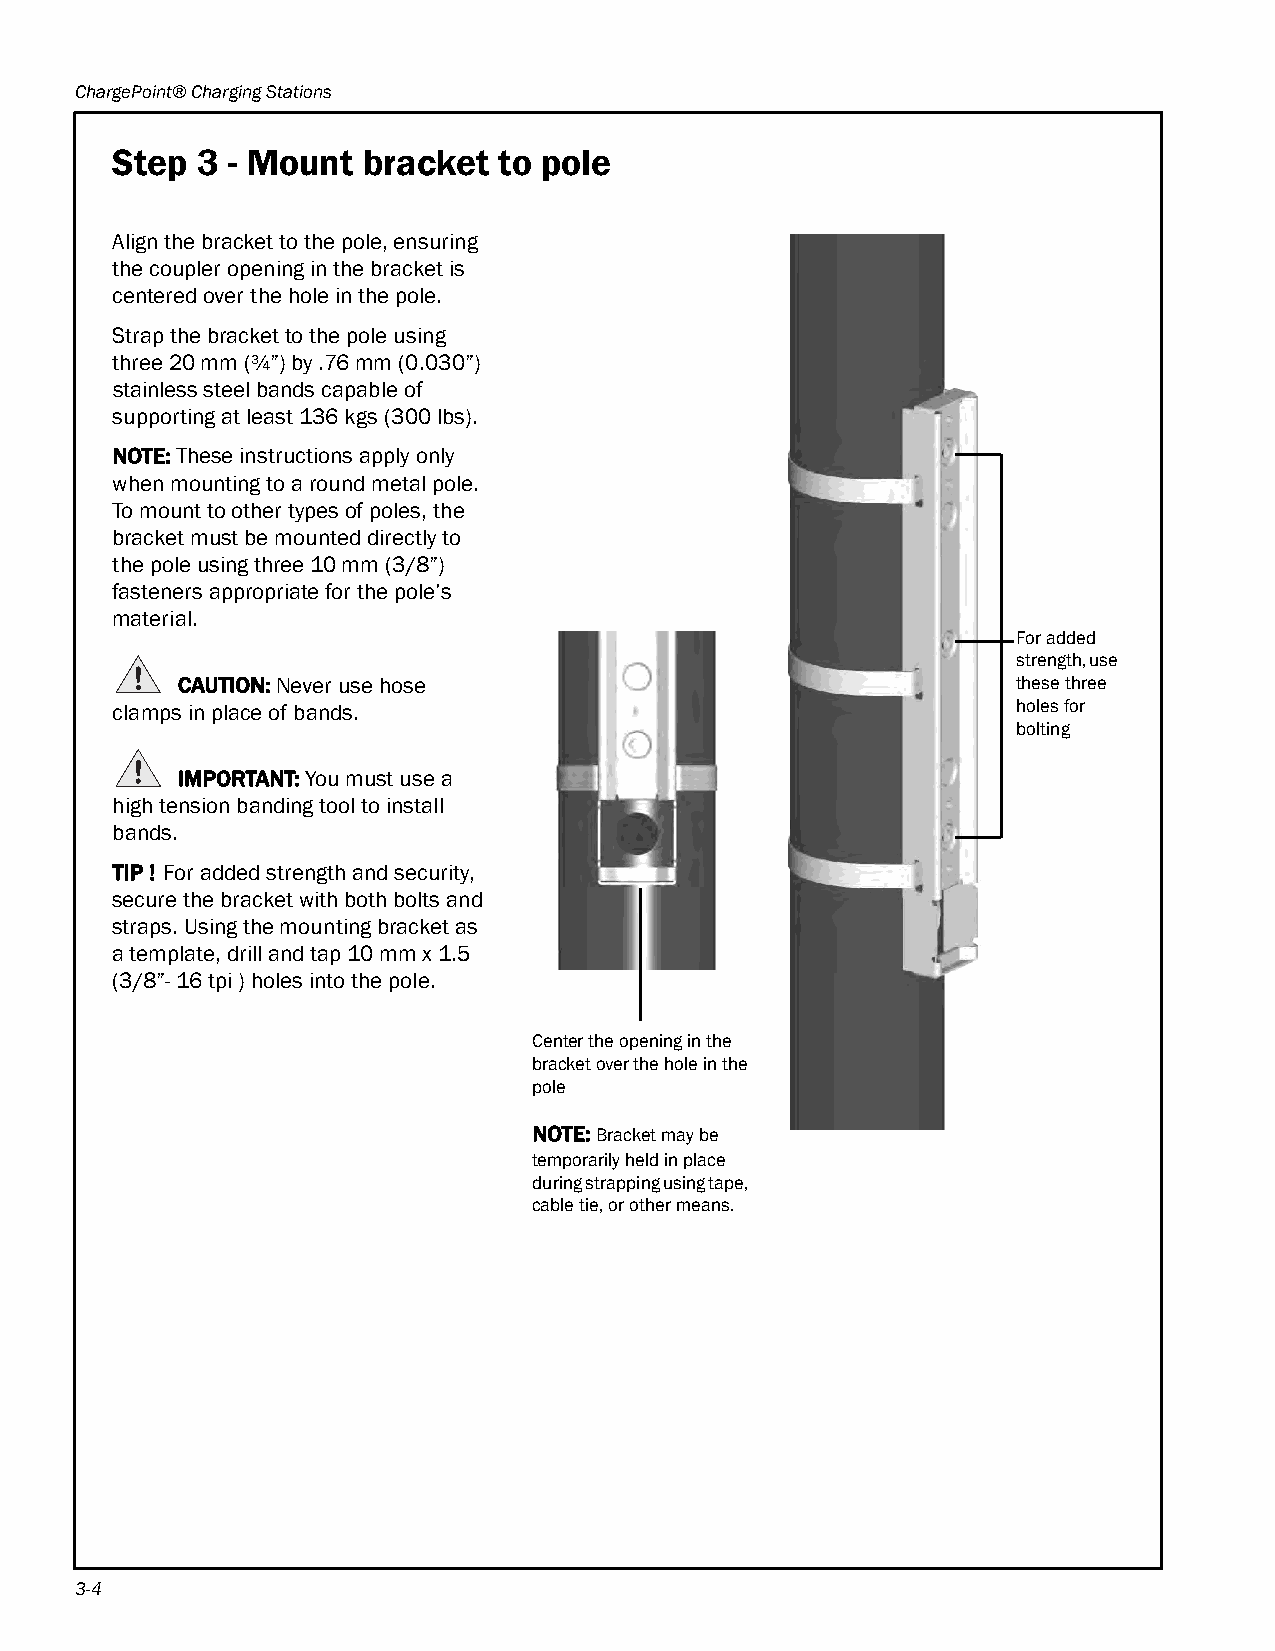
ChargePoint® Charging Stations
 Step  3 - Mount  bracket  to pole
 Align the bracket to the pole, ensuring
 the coupler opening in the bracket is
 centered over the hole in the pole.
 Strap the bracket to the pole using
 three 20 mm (¾”) by .76 mm (0.030”)
 stainless steel bands capable of
 supporting at least 136 kgs (300lbs).
 NOTE: These instructions apply only
 when mounting to a round metal pole.
 To mount to other types of poles, the
 bracket must be mounted directly to
 the pole using three 10 mm (3/8”)
 fasteners appropriate for the pole’s
 material.
 For added
 strength, use
 CAUTION: Never use hose                                these three
 clamps in place of bands.                                   holes for
 bolting
 IMPORTANT: You must use a
 high tension banding tool to install
 bands.
 TIP ! For added strength and security,
 secure the bracket with both bolts and
 straps. Using the mounting bracket as
 a template, drill and tap 10 mm x 1.5
 (3/8”- 16 tpi ) holes into the pole.
 Center the opening in the
 bracket over the hole in the
 pole
 NOTE: Bracket may be
 temporarily held in place
 during strapping using tape,
 cable tie, or other means.
 3-4